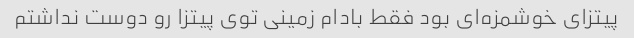
پیتزای خوشمزه‌ای بود فقط بادام زمینی توی پیتزا رو دوست نداشتم